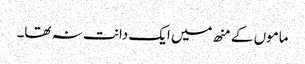
ماموں کے منھ میں ایک دانت نہ تھا۔